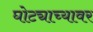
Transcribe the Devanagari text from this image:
घोट्याच्यावर